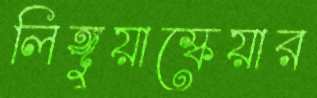
লিঙ্গুয়াস্কেয়ার